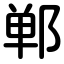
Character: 郸